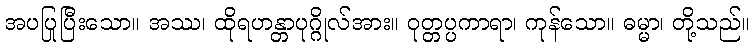
အပပြုပြီးသော။ အဿ၊ ထိုရဟန္တာပုဂ္ဂိုလ်အား။ ဝုတ္တပ္ပကာရာ၊ ကုန်သော။ ဓမ္မာ၊ တို့သည်။